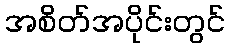
အစိတ်အပိုင်းတွင်